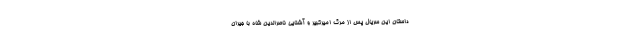
داستان این سریال پس از مرگ امیرکبیر و آشنایی ناصرالدین شاه با جیران